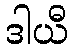
ဒါယီ